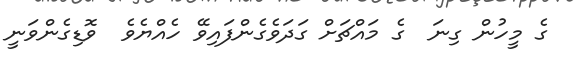
ގެ މީހުން ގިނަ  ގެ މައްޗަށް ގަދަވެގެންފައިވޭ ހެއްޔެވެ  ވޮޑިގެންވަނީ